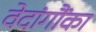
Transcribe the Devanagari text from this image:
वेदांगौंका